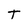
Character: t